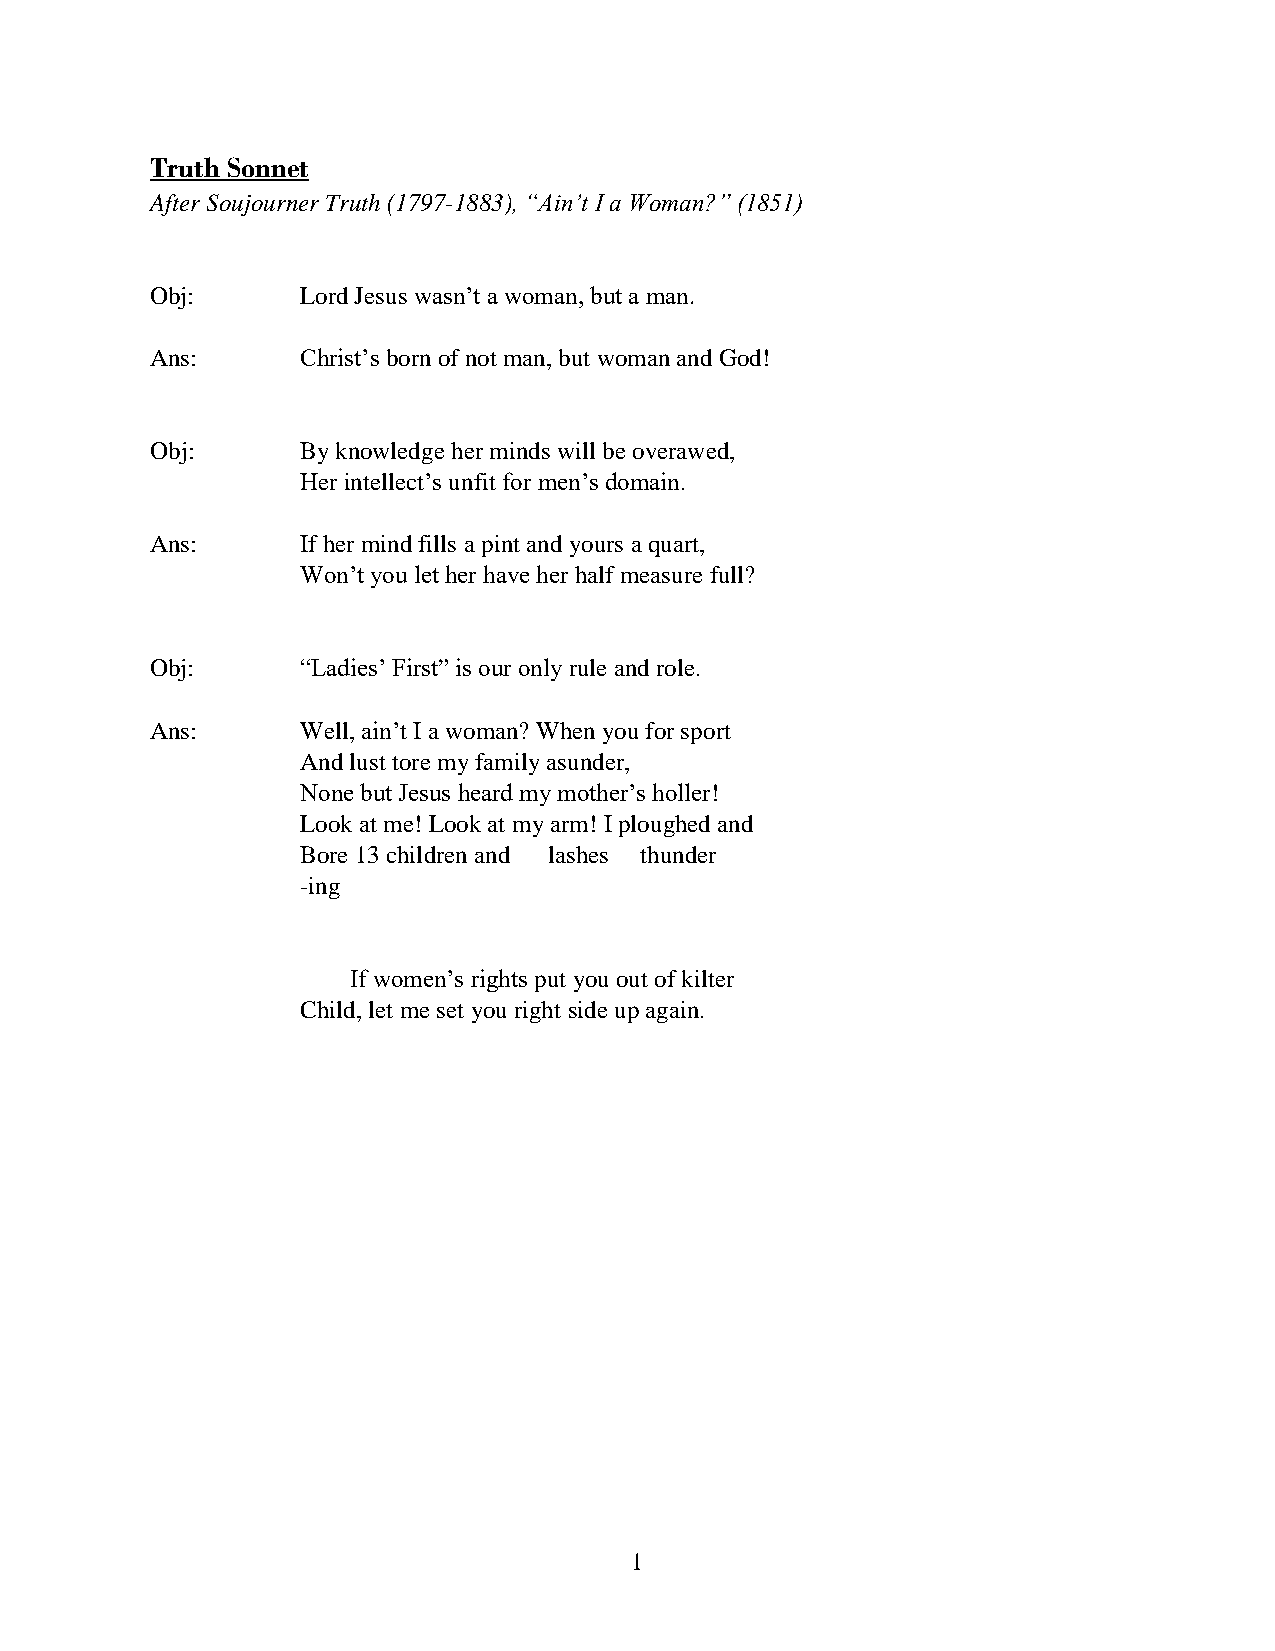
Truth Sonnet
 After Soujourner Truth (1797-1883), “Ain’t I a Woman?” (1851)
 Obj:      Lord Jesus wasn’t a woman, but a man.
 Ans:      Christ’s born of not man, but woman and God!
 Obj:      By knowledge her minds will be overawed,
 Her intellect’s unfit for men’s domain.
 Ans:      If her mind fills a pint and yours a quart,
 Won’t you let her have her half measure full?
 Obj:      “Ladies’ First” is our only rule and role.
 Ans:      Well, ain’t I a woman? When you for sport
 And lust tore my family asunder,
 None but Jesus heard my mother’s holler!
 Look at me! Look at my arm! I ploughed and
 Bore 13 children and lashes thunder
 -ing
 If women’s rights put you out of kilter
 Child, let me set you right side up again.
 1